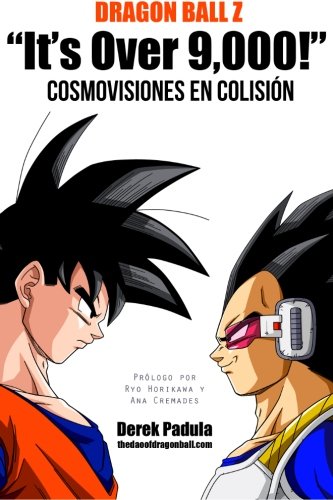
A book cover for Dragon Ball Z "It's Over 9,000!" Cosmovisiones en colisiÃ³n (Spanish Edition); Derek Padula; Comics & Graphic Novels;